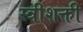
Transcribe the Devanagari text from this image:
स्त्रीशक्ती